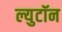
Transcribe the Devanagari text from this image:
ल्युटॉन